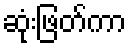
ဆုံးဖြတ်ကာ